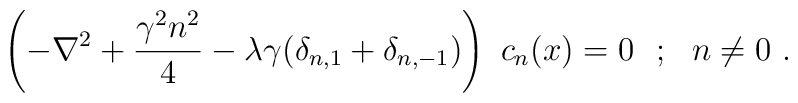
\left(-\nabla^2+\frac{\gamma^2 n^2}{4}-\lambda\gamma(\delta_{n,1}+ \delta_{n,-1})\right)~c_n(x)=0~~;~~n\neq 0 \ .